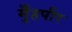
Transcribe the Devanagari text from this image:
मुँहपीर